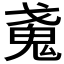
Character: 𢧩